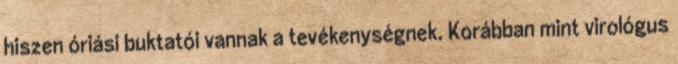
hiszen óriási buktatói vannak a tevékenységnek. Korábban mint virológus